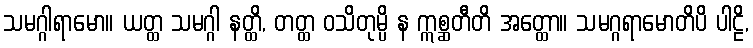
သမဂ္ဂါရာမော။ ယတ္ထ သမဂ္ဂါ နတ္ထိ, တတ္ထ ဝသိတုမ္ပိ န ဣစ္ဆတီတိ အတ္ထော။ သမဂ္ဂရာမောတိပိ ပါဠိ,